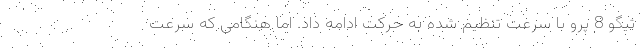
تیگو 8 پرو با سرعت تنظیم شده به حرکت ادامه داد. اما هنگامی که سرعت